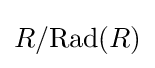
R/{\text{Rad}}(R)